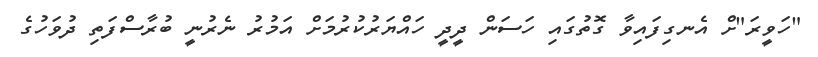
"ހަވީރަ"ށް އެނގިފައިވާ ގޮތުގައި ހަސަން ދީދީ ހައްޔަރުކުރުމަށް އަމުރު ނެރުނީ ބުރާސްފަތި ދުވަހުގެ